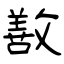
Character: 敾